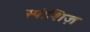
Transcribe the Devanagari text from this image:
स्पीशिज़